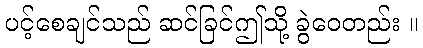
ပင့်စေချင်သည် ဆင်ခြင်ဤသို့ ခွဲဝေတည်း ။